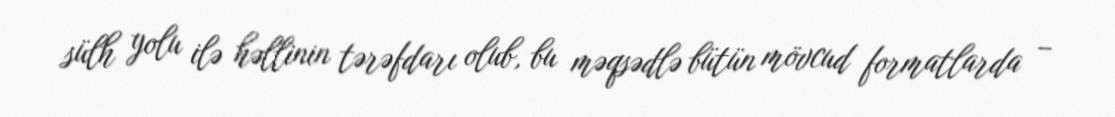
sülh yolu ilə həllinin tərəfdarı olub, bu məqsədlə bütün mövcud formatlarda –